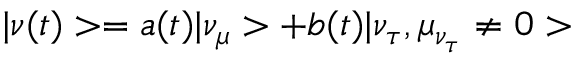
| \nu ( t ) > = a ( t ) | \nu _ { \mu } > + b ( t ) | \nu _ { \tau } , \mu _ { \nu _ { \tau } } \neq 0 >